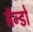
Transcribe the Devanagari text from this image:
ब्रॅन्डो